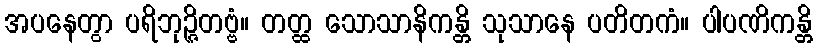
အပနေတွာ ပရိဘုဉ္ဇိတဗ္ဗံ။ တတ္ထ သောသာနိကန္တိ သုသာနေ ပတိတကံ။ ပါပဏိကန္တိ